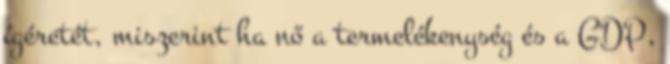
ígéretét, miszerint ha nő a termelékenység és a GDP,